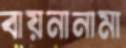
বায়নানামা